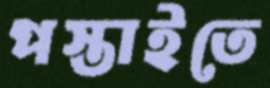
পস্তাইতে